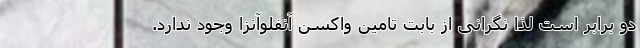
دو برابر است لذا نگرانی از بابت تامین واکسن آنفلوآنزا وجود ندارد.